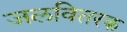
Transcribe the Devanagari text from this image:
जलवितरक